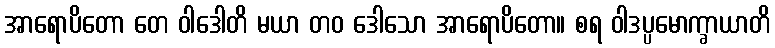
အာရောပိတော တေ ဝါဒေါတိ မယာ တဝ ဒေါသော အာရောပိတော။ စရ ဝါဒပ္ပမောက္ခာယာတိ